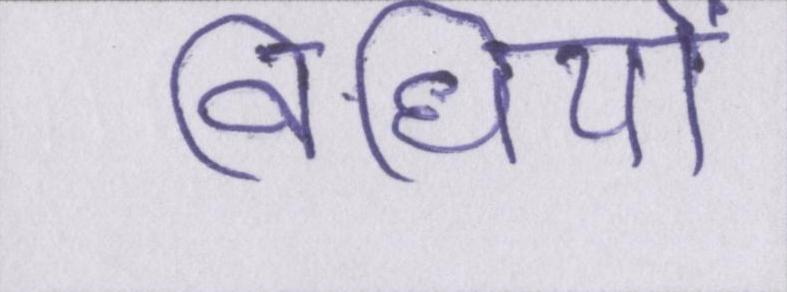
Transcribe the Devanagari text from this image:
विधियों